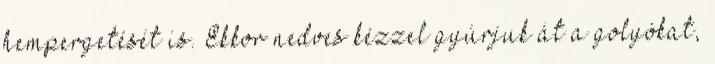
hempergetését is. Ekkor nedves kézzel gyúrjuk át a golyókat,